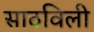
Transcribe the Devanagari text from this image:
साठविली